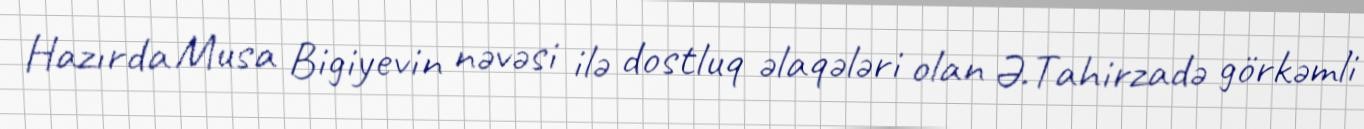
Hazırda Musa Bigiyevin nəvəsi ilə dostluq əlaqələri olan Ə.Tahirzadə görkəmli